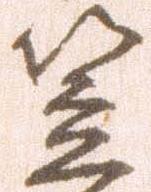
笠